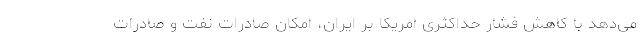
می‌دهد با کاهش فشار حداکثری امریکا بر ایران، امکان صادرات نفت و صادرات